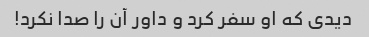
دیدی که او سفر کرد و داور آن را صدا نکرد!